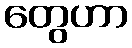
တွေဟာ